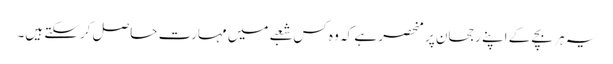
یہ ہر بچے کے اپنے رجحان پر منحصر ہے کہ وہ کس شعبے میں مہارت حاصل کرسکتے ہیں۔